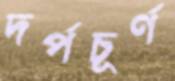
দর্পচূর্ণ